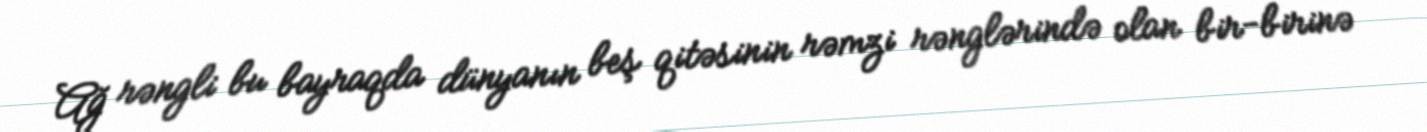
Ağ rəngli bu bayraqda dünyanın beş qitəsinin rəmzi rənglərində olan bir-birinə